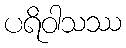
ပရိဝါသဿ